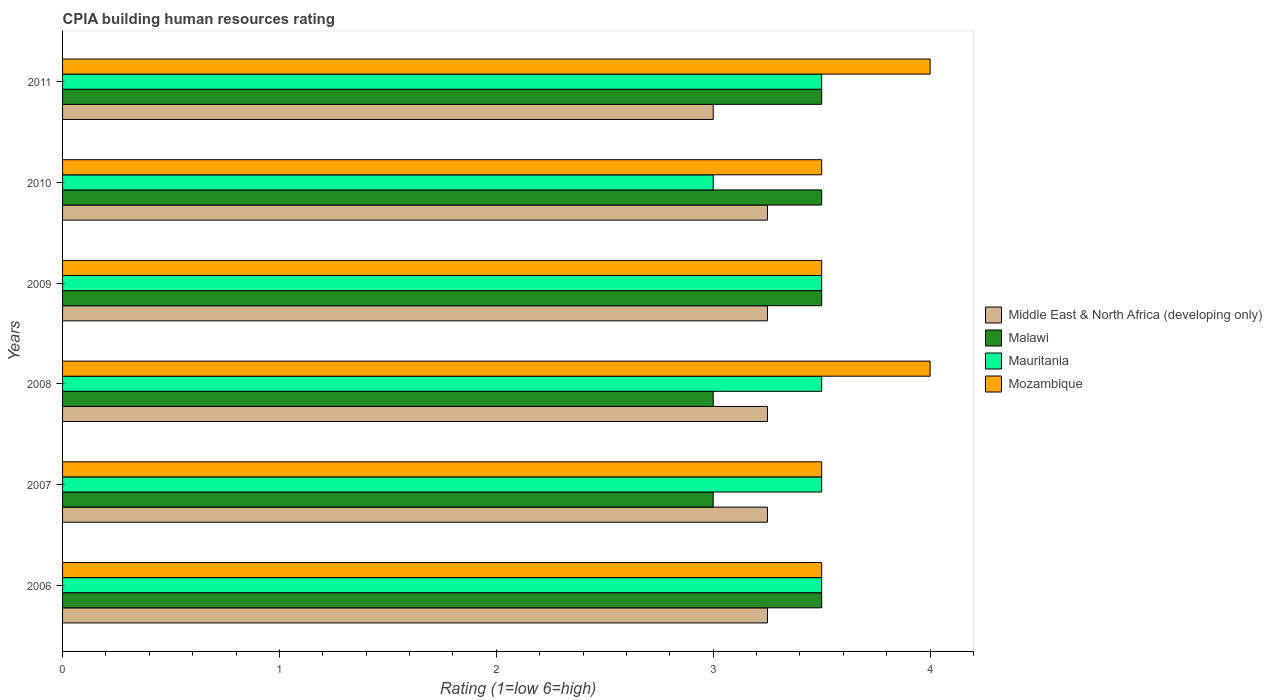
| Years | Middle East & North Africa (developing only) | Malawi | Mauritania | Mozambique |
 | --- | --- | --- | --- | --- |
 | 2006 | 3.25 | 3.5 | 3.5 | 3.5 |
 | 2007 | 3.25 | 3 | 3.5 | 3.5 |
 | 2008 | 3.25 | 3 | 3.5 | 4 |
 | 2009 | 3.25 | 3.5 | 3.5 | 3.5 |
 | 2010 | 3.25 | 3.5 | 3 | 3.5 |
 | 2011 | 3 | 3.5 | 3.5 | 4 |